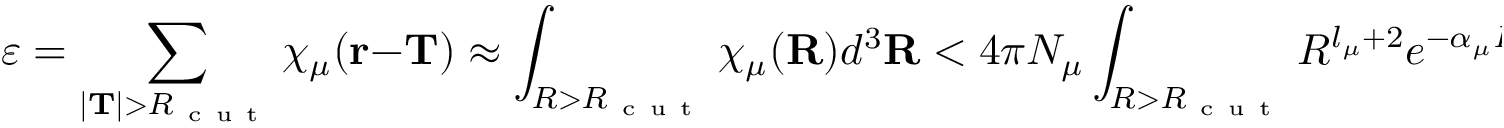
\varepsilon = \sum _ { | \mathbf { T } | > R _ { \mathrm { ~ c ~ u ~ t ~ } } } \chi _ { \mu } ( \mathbf { r } - \mathbf { T } ) \approx \int _ { R > R _ { \mathrm { ~ c ~ u ~ t ~ } } } \chi _ { \mu } ( \mathbf { R } ) d ^ { 3 } \mathbf { R } < 4 \pi N _ { \mu } \int _ { R > R _ { \mathrm { ~ c ~ u ~ t ~ } } } R ^ { l _ { \mu } + 2 } e ^ { - \alpha _ { \mu } R ^ { 2 } } d R .